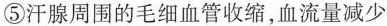
⑤汗腺周围的毛细血管收缩，血流量减少